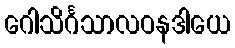
ဂေါသိင်္ဂသာလဝနဒါယေ